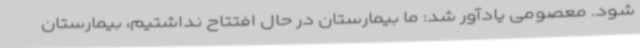
شود. معصومی یادآور شد: ما بیمارستان در حال افتتاح نداشتیم، بیمارستان